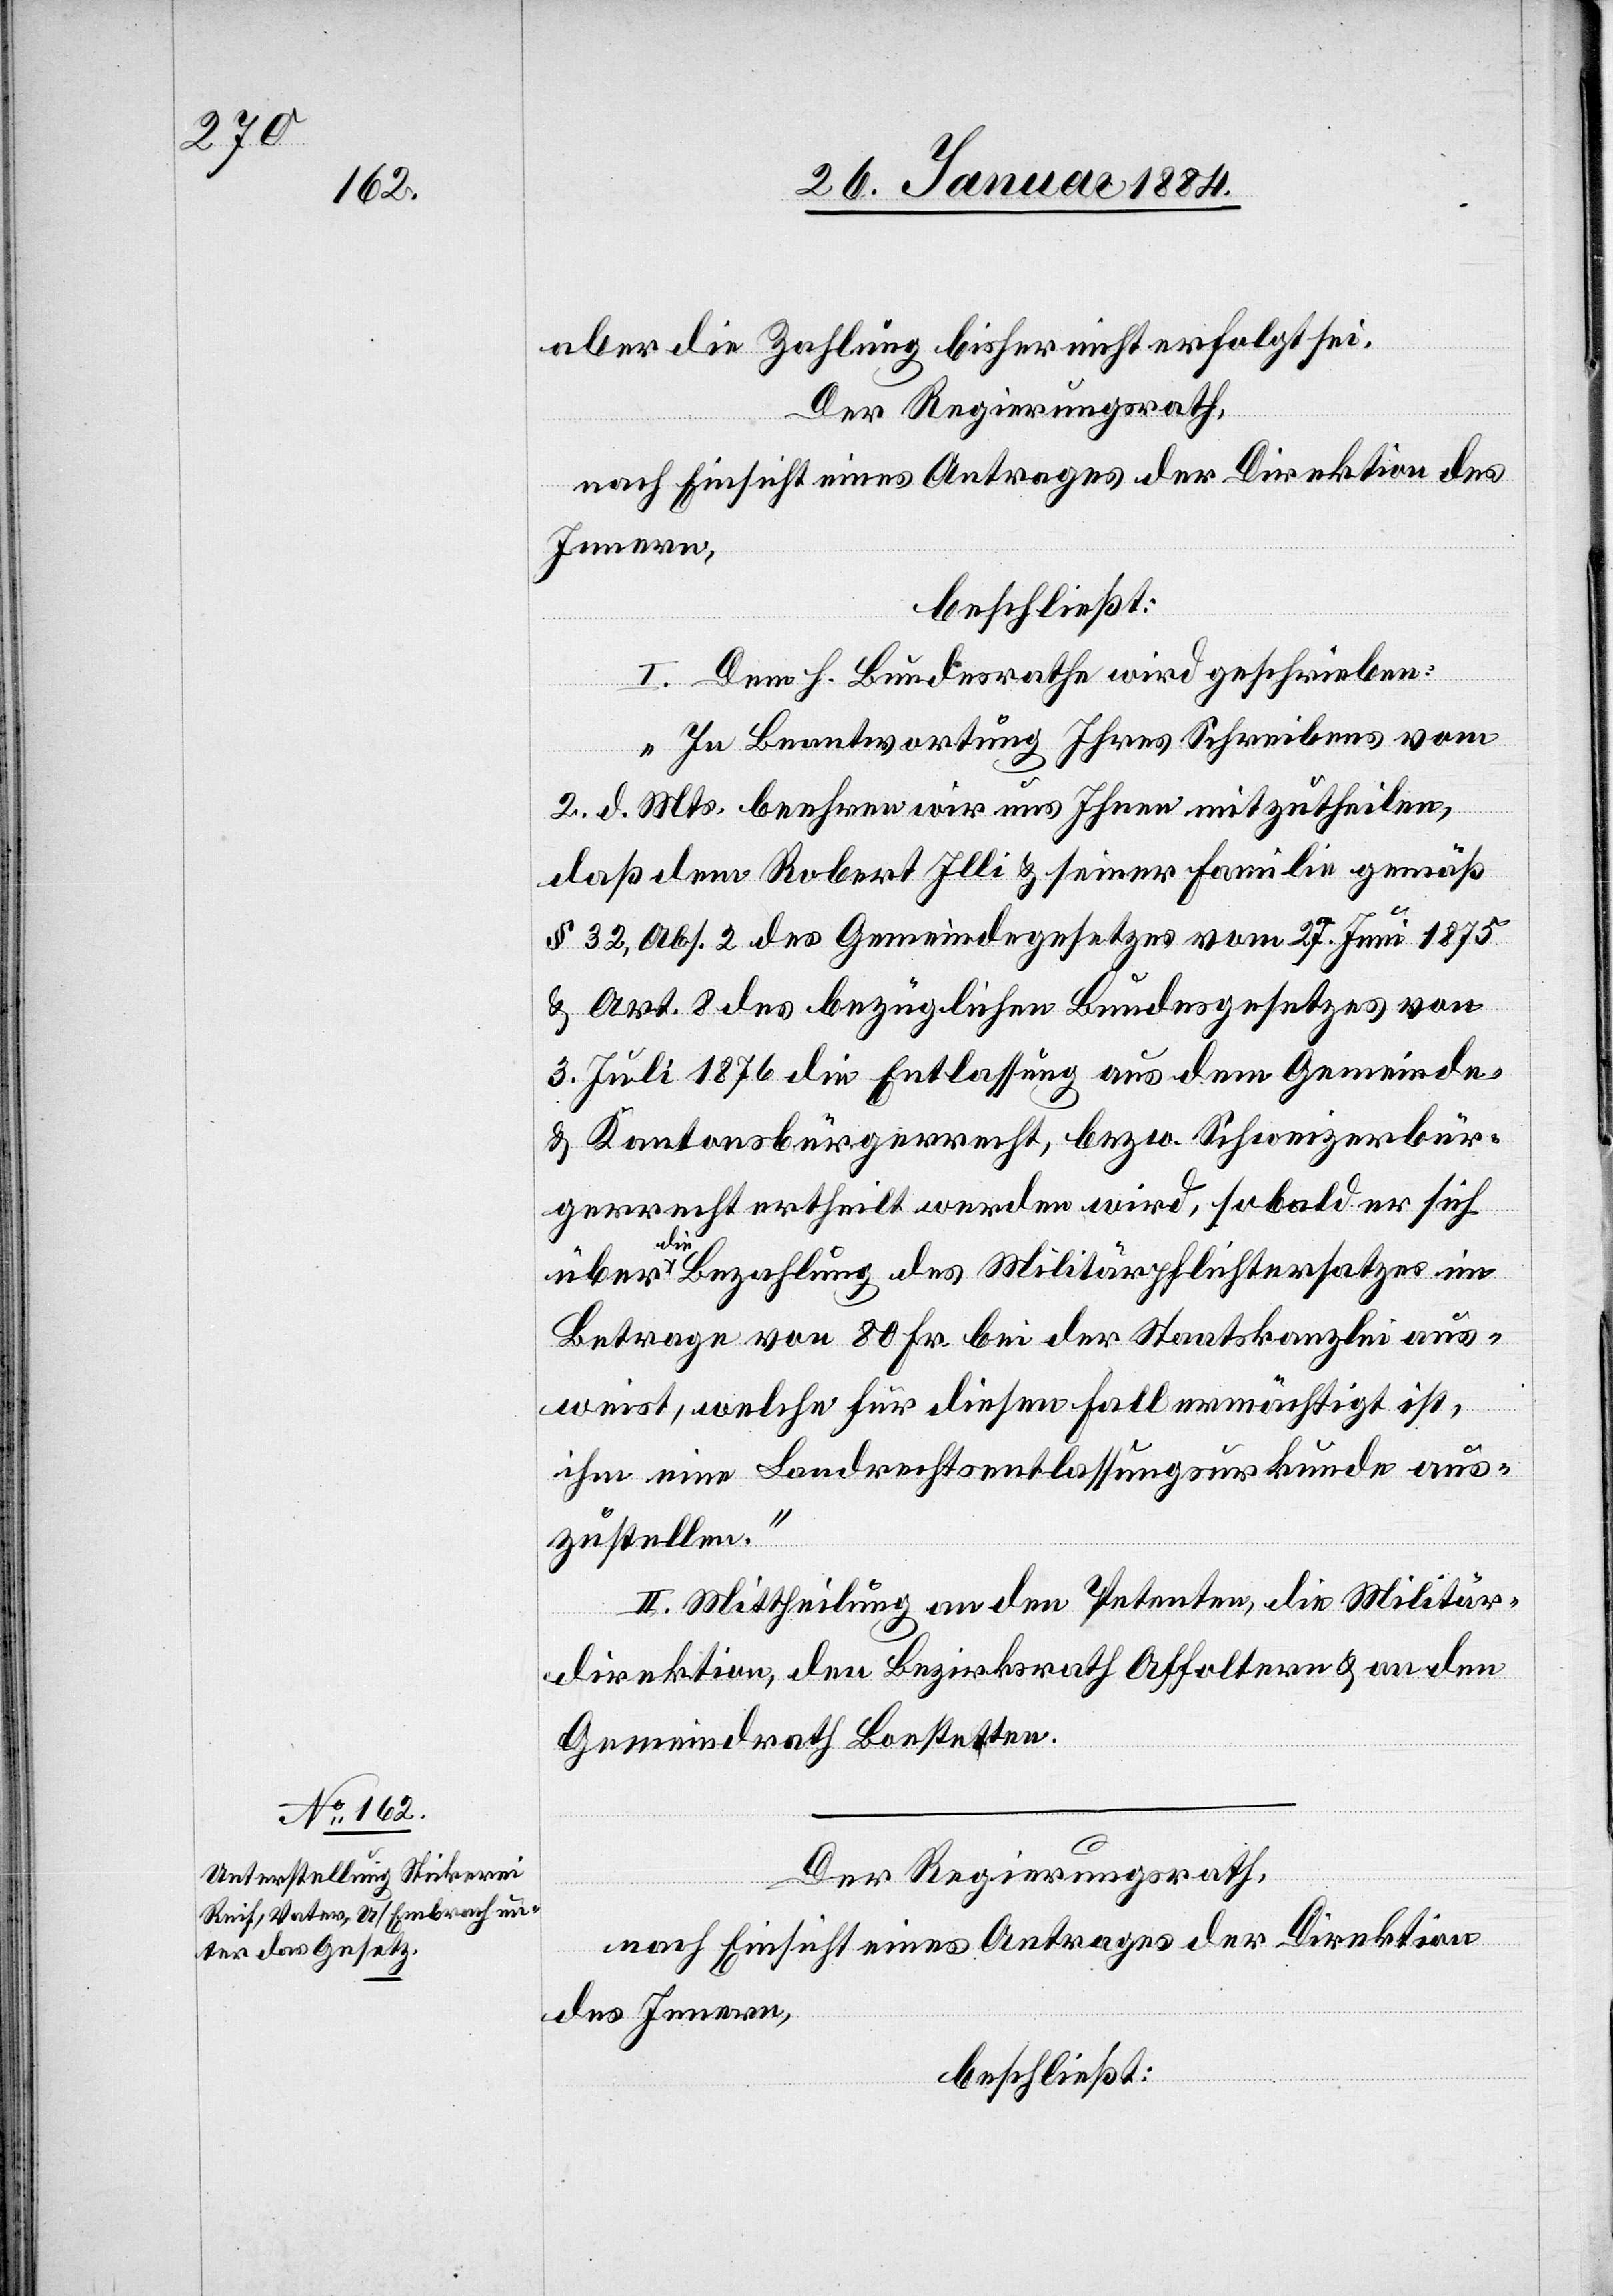
Der Regierungsrath,
nach Einsicht eines Antrages der Direktion
des Innern,
beschließt: